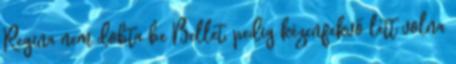
Regina nem dobta be Bellet, pedig kézenfekvő lett volna